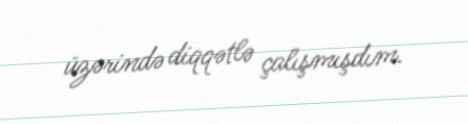
üzərində diqqətlə çalışmışdım.